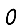
Digit: 0